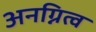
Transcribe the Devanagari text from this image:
अनग्नित्व